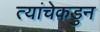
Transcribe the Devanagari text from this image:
त्यांचेकडुन